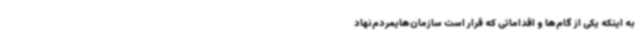
به اینکه یکی از گام‌ها و اقداماتی که قرار است سازمان‌هایمردم‌نهاد